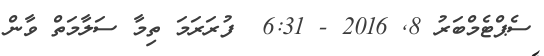
ސެޕްޓެމްބަރު 8